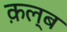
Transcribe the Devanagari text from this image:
क़ल्ब